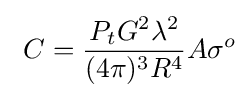
\ C={\frac {P_{t}G^{2}\lambda ^{2}}{(4\pi )^{3}R^{4}}}A\sigma ^{o}